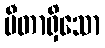
မီတာရှိသော